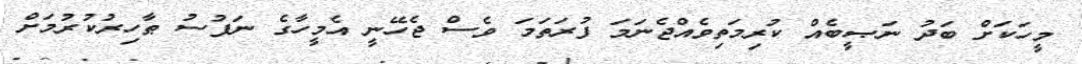
މީހަކަށް ބަދު ނަޞީބެއް ކުރިމަތިވެއްޖެނަމަ ފުރަތަމަ ވެސް ޖެހޭނީ އެމީހާގެ ނަފުސު ޠާހިރުކުރުމަށް